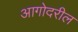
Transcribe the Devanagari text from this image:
आगोदरील